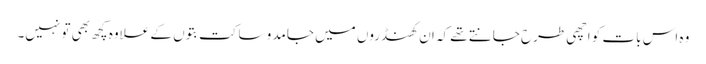
وہ اس بات کو اچھی طرح جانتے تھے کہ ان کھنڈروں میں جامد و ساکت بتوں کے علاوہ کچھ بھی تو نہیں۔